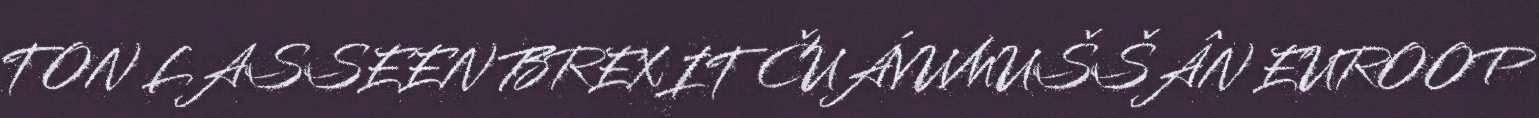
TON LASSEEN BREXIT ČUÁVUMUŠŠÂN EUROOP